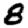
Digit: 8